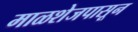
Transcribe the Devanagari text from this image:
माळशेजपासून